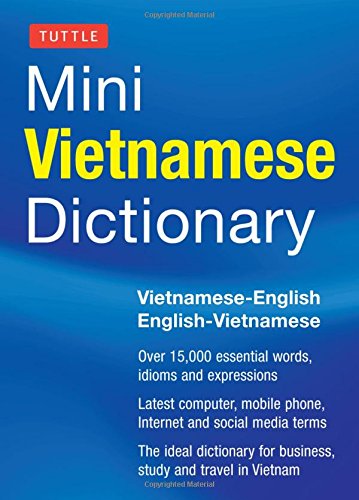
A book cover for Tuttle Mini Vietnamese Dictionary: Vietnamese-English/English-Vietnamese Dictionary (Tuttle Mini Dictiona); Phan Van Giuong; Travel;